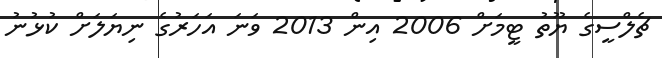
ޗެލްސީގެ ޔޫތު ޓީމަށް 2006 އިން 2013 ވަނަ އަހަރުގެ ނިޔަލަށް ކުޅުނު